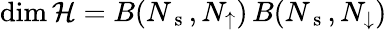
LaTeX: \dim\mathcal{H}=B(N_{\mathrm{~s~}},N_{\uparrow})\, B(N_{\mathrm{~s~}},N_{\downarrow})